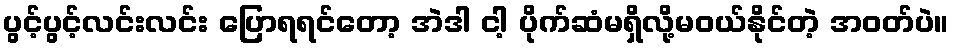
ပွင့်ပွင့်လင်းလင်း ပြောရရင်တော့ အဲဒါ ငါ့ ပိုက်ဆံမရှိလို့မဝယ်နိုင်တဲ့ အဝတ်ပဲ။